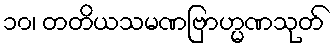
၁၀၊ တတိယသမဏဗြာဟ္မဏသုတ်